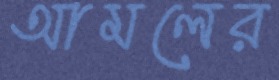
আমলের